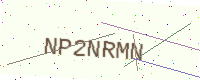
Text: NP2NRMN